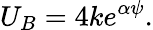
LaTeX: U_{B}=4ke^{\alpha\psi}.